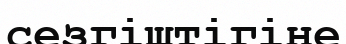
сезгіштігіне